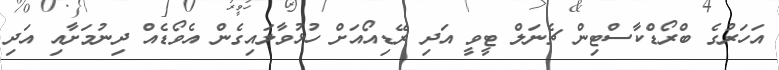
އަހަރުގެ ބްރޯޑްކާސްޓިން ޗެނަލް ޓީވީ އަދި ރޭޑިއޯއަށް ހުޅުވާލައިގެން އެވޯޑެއް ދިނުމަށާއި އަދި